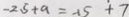
- 2 . 5 + a = - 1 5 + 7